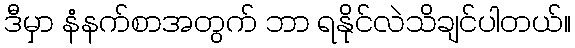
ဒီမှာ နံနက်စာအတွက် ဘာ ရနိုင်လဲသိချင်ပါတယ်။